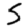
Digit: 5